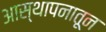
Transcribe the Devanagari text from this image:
आस्थापनातून